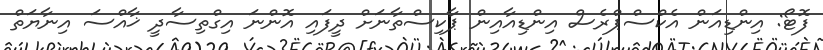
ފޮޓޯ: އިންޑިއަން އެކްސްޕްރެސް އިންޑިއާއިން ޕާކިސްތާނަށް ދީފައި އޮންނަ އިގްތިސާދީ ޚާއްސަ އިނާޔަތް